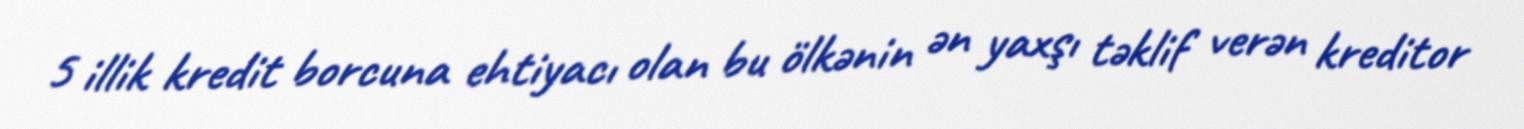
5 illik kredit borcuna ehtiyacı olan bu ölkənin ən yaxşı təklif verən kreditor